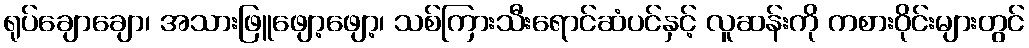
ရုပ်ချောချော၊ အသားဖြူဖျော့ဖျော့၊ သစ်ကြားသီးရောင်ဆံပင်နှင့် လူဆန်းကို ကစားဝိုင်းများတွင်